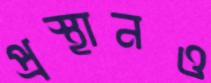
প্রস্থানও